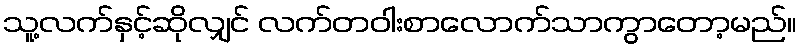
သူ့လက်နှင့်ဆိုလျှင် လက်တဝါးစာလောက်သာကွာတော့မည်။